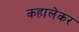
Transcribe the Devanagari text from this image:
कहालेकर